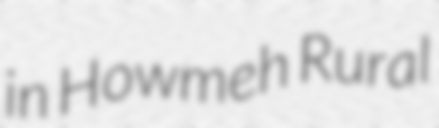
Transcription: in Howmeh Rural